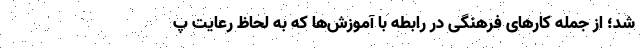
شد؛ از جمله کارهای فرهنگی در رابطه با آموزش‌ها که به لحاظ رعایت پ